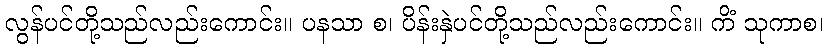
လွန်ပင်တို့သည်လည်းကောင်း။ ပနသာ စ၊ ပိန်းနှဲပင်တို့သည်လည်းကောင်း။ ကိံ သုကာစ၊